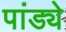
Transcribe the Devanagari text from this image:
पांड्ये